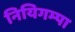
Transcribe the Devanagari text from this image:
नियिगम्‍पा